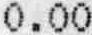
0.00